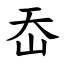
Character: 岙